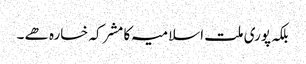
بلکہ پوری ملت اسلامیہ کا مشرکہ خسارہ ھے ۔